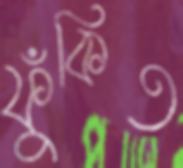
ফুঁকিত